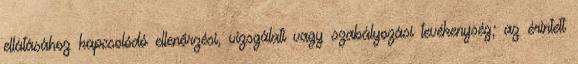
ellátásához kapcsolódó ellenőrzési, vizsgálati vagy szabályozási tevékenység; az érintett